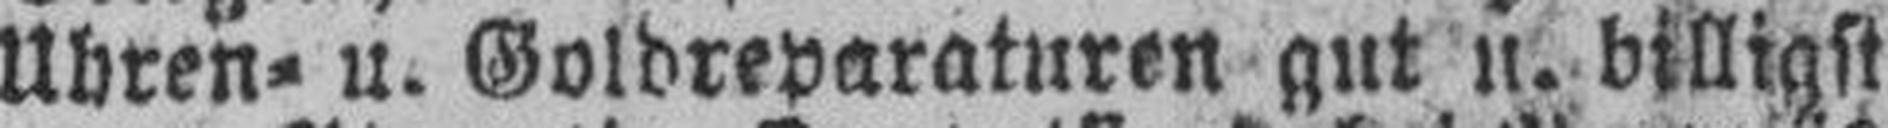
Uhren= u. Goldreparaturen gut u. billigst